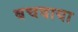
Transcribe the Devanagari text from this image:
बचवाया